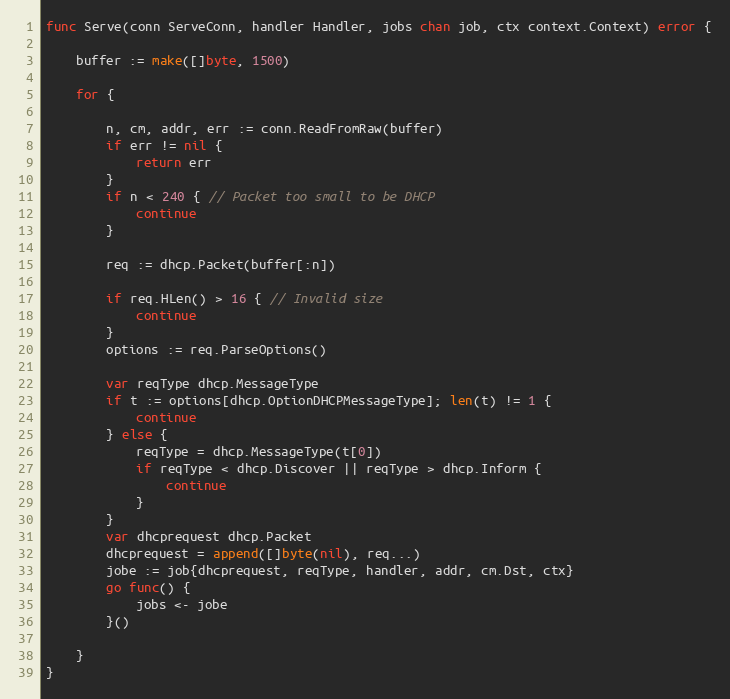
Language: Go
func Serve(conn ServeConn, handler Handler, jobs chan job, ctx context.Context) error {

	buffer := make([]byte, 1500)

	for {

		n, cm, addr, err := conn.ReadFromRaw(buffer)
		if err != nil {
			return err
		}
		if n < 240 { // Packet too small to be DHCP
			continue
		}

		req := dhcp.Packet(buffer[:n])

		if req.HLen() > 16 { // Invalid size
			continue
		}
		options := req.ParseOptions()

		var reqType dhcp.MessageType
		if t := options[dhcp.OptionDHCPMessageType]; len(t) != 1 {
			continue
		} else {
			reqType = dhcp.MessageType(t[0])
			if reqType < dhcp.Discover || reqType > dhcp.Inform {
				continue
			}
		}
		var dhcprequest dhcp.Packet
		dhcprequest = append([]byte(nil), req...)
		jobe := job{dhcprequest, reqType, handler, addr, cm.Dst, ctx}
		go func() {
			jobs <- jobe
		}()

	}
}